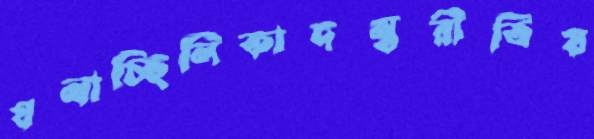
ঘনাচ্ছিলিকাদম্বরীতিয়